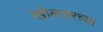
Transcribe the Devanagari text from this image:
खोलवरच्या